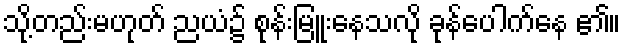
သို့တည်းမဟုတ် ညယံ၌ စုန်းမြူးနေသလို ခုန်ပေါက်နေ ၏။